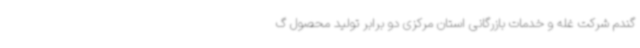
گندم شرکت غله و خدمات بازرگانی استان مرکزی دو برابر تولید محصول گ